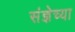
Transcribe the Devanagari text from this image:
संज्ञेच्या